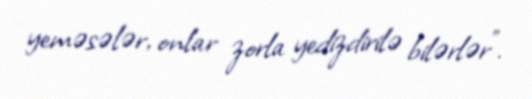
yeməsələr, onlar zorla yedizdirilə bilərlər”.